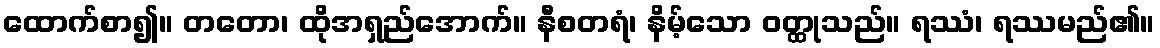
ထောက်စာ၍။ တတော၊ ထိုအရှည်အောက်။ နီစတရံ၊ နိမ့်သော ဝတ္ထုသည်။ ရဿံ၊ ရဿမည်၏။